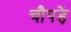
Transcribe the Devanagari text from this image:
चौपड़ें